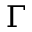
\boldsymbol { \Gamma }